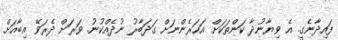
ފައިދާނެގީ. އެ ވިޔާނުދާ ކަންތަކަށް އަހަރެންނަށް ގަދަބާރު ނުދެއްކުނު. ވަރަށް ދެރަވޭ އިބާއަށް